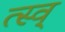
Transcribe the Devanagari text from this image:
त्स्व्